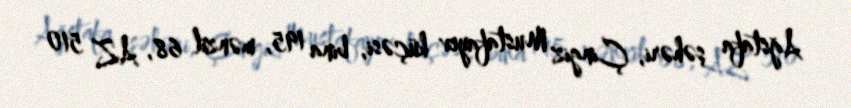
Ağstafa şəhəri, Çingiz Mustafayev küçəsi, bina 195, mənzil 68, AZ 510